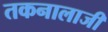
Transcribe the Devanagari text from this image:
तकनालाजी